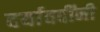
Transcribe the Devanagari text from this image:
दर्यावर्दींनी